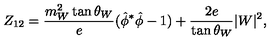
Z _ { 1 2 } = \frac { m _ { W } ^ { 2 } \tan \theta _ { W } } { e } ( { \hat { \phi } } ^ { * } \hat { \phi } - 1 ) + \frac { 2 e } { \tan \theta _ { W } } | W | ^ { 2 } ,